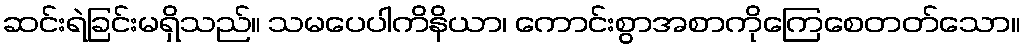
ဆင်းရဲခြင်းမရှိသည်။ သမပေပါကိနိယာ၊ ကောင်းစွာအစာကိုကြေစေတတ်သော။